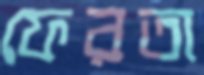
ফেরতা